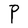
Character: P